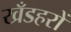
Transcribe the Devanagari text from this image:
खँडहरों